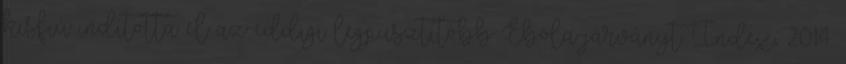
kisfiú indította el az eddigi legpusztítóbb Ebola-járványt. Index, 2014.